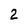
Character: 2